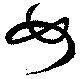
女